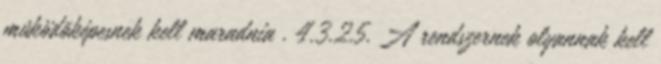
mûködõképesnek kell maradnia . 4.3.2.5. A rendszernek olyannak kell